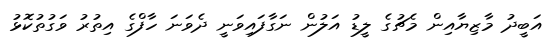
އަބީދު މާޒިޔާއިން މެޗުގެ ލީޑު އަލުން ނަގާފައިވަނީ ދެވަނަ ހާފްގެ އިތުރު ވަގުތުކޮޅު